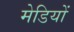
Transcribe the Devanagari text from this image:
मेडियों